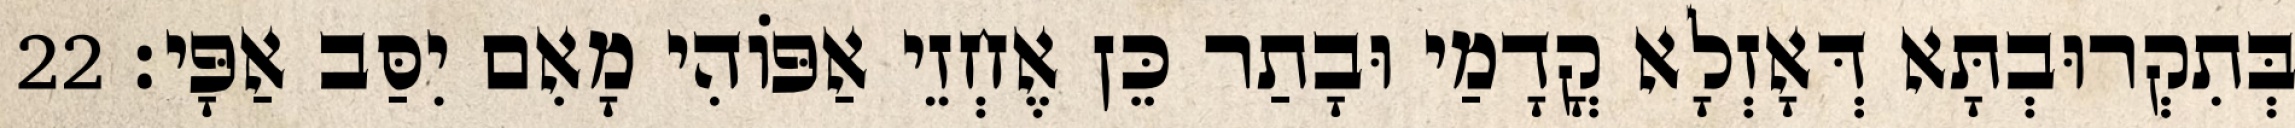
בְּתִקְרוּבְתָּא דְּאָזְלָא קֳדָמַי וּבָתַר כֵּן אֶחְזֵי אַפּוֹהִי מָאִם יִסַּב אַפָּי׃ 22